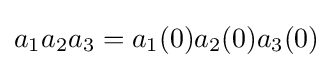
a_{1}a_{2}a_{3}=a_{1}(0)a_{2}(0)a_{3}(0)